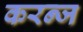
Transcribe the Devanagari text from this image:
करन्‍ज